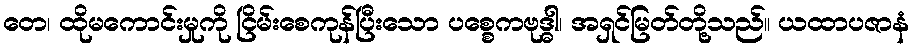
တေ၊ ထိုမကောင်းမှုကို ငြိမ်းစေကုန်ပြီးသော ပစ္စေကဗုဒ္ဓါ၊ အရှင်မြတ်တို့သည်။ ယထာပဇာနံ